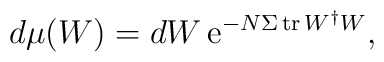
d\mu(W)=dW\,{\rm e}^{-N\Sigma\,{\rm tr}\,W^\dagger W},